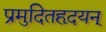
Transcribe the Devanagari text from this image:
प्रमुदितहृदयन्